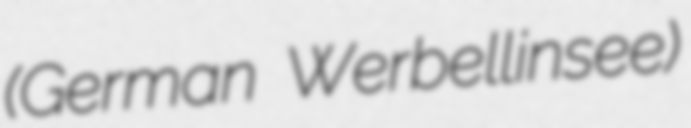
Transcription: (German Werbellinsee)